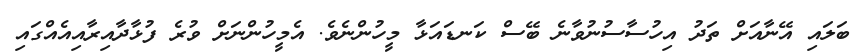
ބަލައި އޭނާއަށް ތަދު އިހުސާސުނުވާނެ ބޭސް ކަނޑައަޅާ މީހުންނެވެ. އެމީހުންނަށް ވުރެ ފުޅާދާއިރާއިއެއްގައި